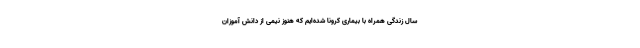
سال زندگی همراه با بیماری کرونا شده‌ایم که هنوز نیمی از دانش آموزان